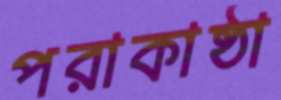
পরাকাষ্ঠা